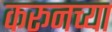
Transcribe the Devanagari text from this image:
करूनच्या